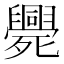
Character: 𣩺